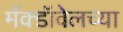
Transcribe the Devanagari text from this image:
मॅक्डॉवेलच्या